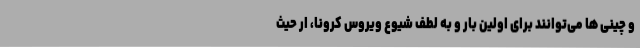
و چینی ها می‌توانند برای اولین بار و به لطف شیوع ویروس کرونا، ار حیث